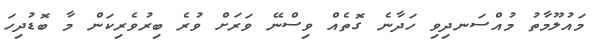
މައުލޫމާތު މުއްސަނދިވި ހަދާނެ ގޮތެއް ވިސްނޭ ވަރަށް ވުރެ ބިރުވެރިކަން މާ ބޮޑުދިހަ